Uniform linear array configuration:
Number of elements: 24
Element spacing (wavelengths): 0.75
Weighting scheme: kaiser
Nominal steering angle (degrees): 0
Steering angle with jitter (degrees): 1.1
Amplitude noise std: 0.05
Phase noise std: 0.05

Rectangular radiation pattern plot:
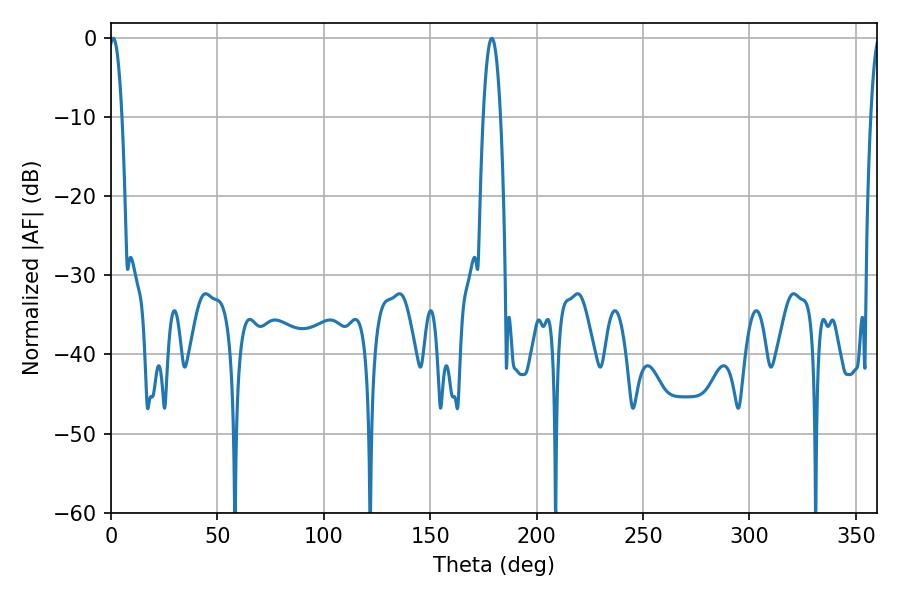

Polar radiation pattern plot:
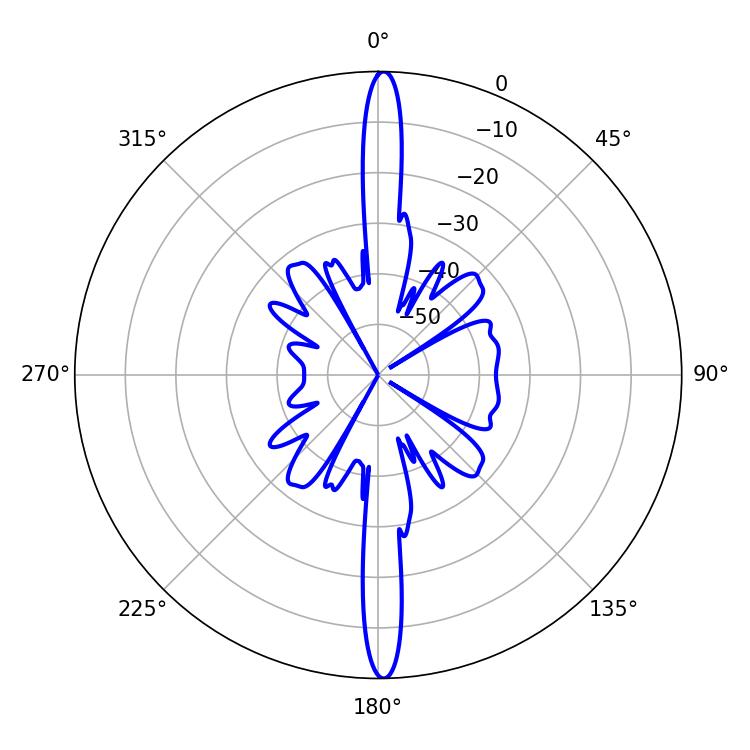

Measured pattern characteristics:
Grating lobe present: TRUE
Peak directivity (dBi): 27.763
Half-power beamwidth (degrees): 3.24
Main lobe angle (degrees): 1.08